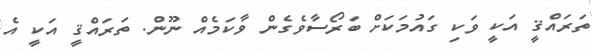
ތަރައްޤީ އަކީ ވަކި ގައުމަކަށް ބަރޯސާވެގެން ވާކަމެއް ނޫން. ތަރައްޤީ އަކީ އެ